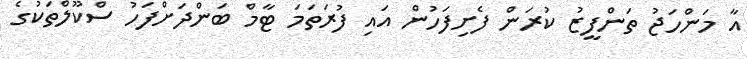
އާ މަންހަޖު ތަންފީޒު ކުރަން ފެށިފަހުން އައި ފުރަތަމަ ޓާމް ބަންދަށްފަހު ސްކޫލްތަކުގެ